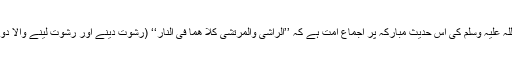
آنحضرت صلی اللہ علیہ وسلم کی اس حدیث مبارکہ پر اجماع امت ہے کہ ’’الراشی والمرتشی کِلا ھما فی النار‘‘ (رشوت دینے اور رشوت لینے والا دونوں جہنمی ہیں)۔